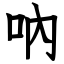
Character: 吶